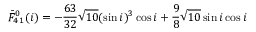
\bar { F } _ { 4 \, 1 } ^ { 0 } ( i ) = - \frac { 6 3 } { 3 2 } \sqrt { 1 0 } ( \sin i ) ^ { 3 } \cos i + \frac { 9 } { 8 } \sqrt { 1 0 } \sin i \cos i